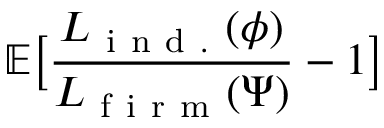
\mathbb { E } \big [ \frac { { L } _ { \mathrm { ~ i ~ n ~ d ~ . ~ } } ( \phi ) } { { L } _ { \mathrm { ~ f ~ i ~ r ~ m ~ } } ( \Psi ) } - 1 \big ]